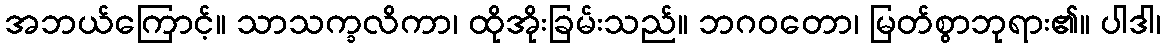
အဘယ်ကြောင့်။ သာသက္ခလိကာ၊ ထိုအိုးခြမ်းသည်။ ဘဂဝတော၊ မြတ်စွာဘုရား၏။ ပါဒါ၊